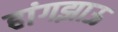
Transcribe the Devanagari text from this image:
हांगझाऊ